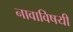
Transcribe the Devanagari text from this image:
नावाविषयी